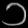
Digit: ၁